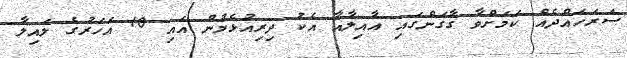
ސަރަހައްދެއް ކަމަށްވާ ގާގަންގައި އާއިލާއާ އެކު ދިރިއުޅެމުން އައި 10 އަހަރުގެ ލައިލާ